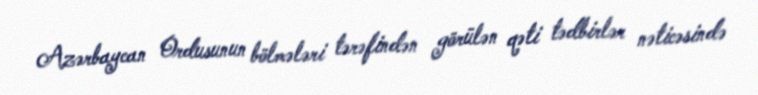
Azərbaycan Ordusunun bölmələri tərəfindən görülən qəti tədbirlər nəticəsində